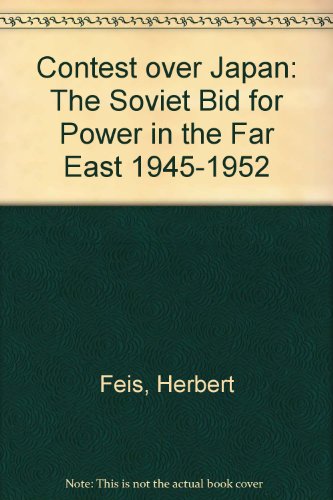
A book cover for Contest over Japan: The Soviet Bid for Power in the Far East 1945-1952; Herbert Feis; Sports & Outdoors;